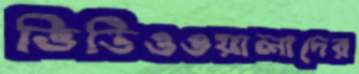
ভিডিওওয়ালাদের